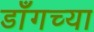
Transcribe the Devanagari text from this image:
डाँगच्या